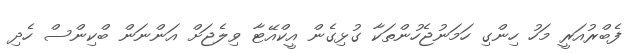
ފެބްރުއަރީ މަހު ހިންގި ހަމަނުޖެހުންތަކާ ގުޅިގެން އީކްއޭޓާ ވިލެޖަށް އަންނަން ބްކިންސް ހެދި